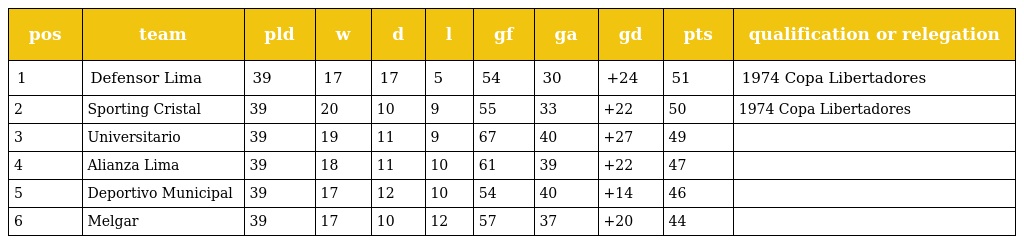
| pos | team | pld | w | d | l | gf | ga | gd | pts | qualification or relegation |
 | --- | --- | --- | --- | --- | --- | --- | --- | --- | --- | --- |
 | 1 | Defensor Lima | 39 | 17 | 17 | 5 | 54 | 30 | +24 | 51 | 1974 Copa Libertadores |
 | 2 | Sporting Cristal | 39 | 20 | 10 | 9 | 55 | 33 | +22 | 50 | 1974 Copa Libertadores |
 | 3 | Universitario | 39 | 19 | 11 | 9 | 67 | 40 | +27 | 49 |  |
 | 4 | Alianza Lima | 39 | 18 | 11 | 10 | 61 | 39 | +22 | 47 |  |
 | 5 | Deportivo Municipal | 39 | 17 | 12 | 10 | 54 | 40 | +14 | 46 |  |
 | 6 | Melgar | 39 | 17 | 10 | 12 | 57 | 37 | +20 | 44 |  |